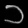
Digit: ၁